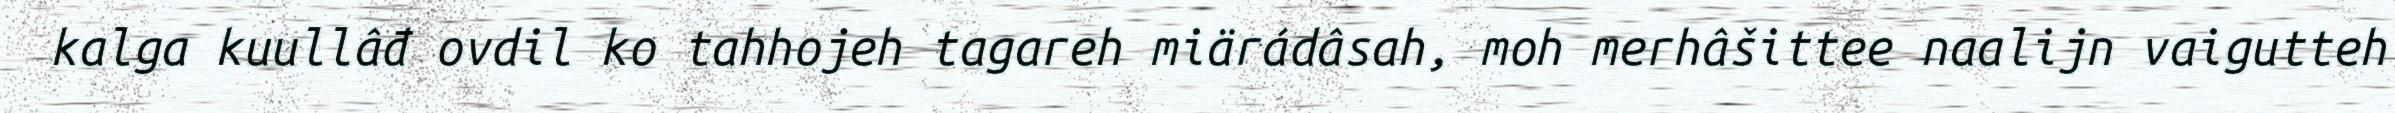
kalga kuullâđ ovdil ko tahhojeh tagareh miärádâsah, moh merhâšittee naalijn vaigutteh